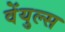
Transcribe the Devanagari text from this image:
वेंयुल्स